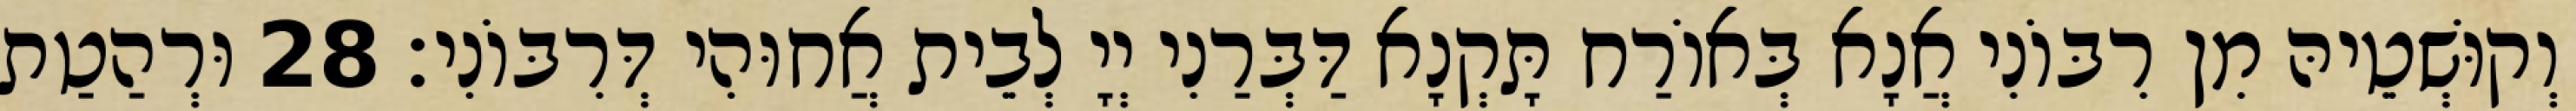
וְקוּשְׁטֵיהּ מִן רִבּוֹנִי אֲנָא בְּאוֹרַח תָּקְנָא דַּבְּרַנִי יְיָ לְבֵית אֲחוּהִי דְּרִבּוֹנִי׃ 28 וּרְהַטַת